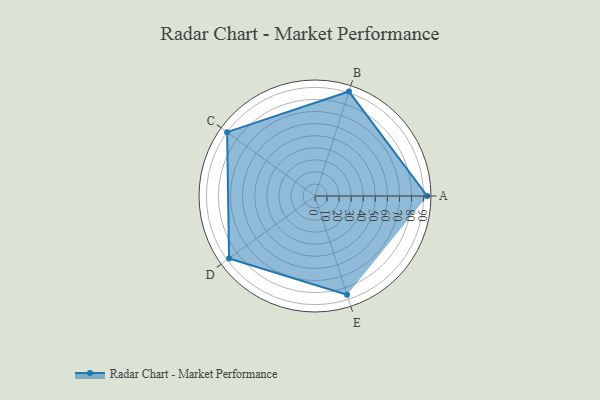
{"axis": {"x": "Skill", "y": "Score"}, "legend": ["Profile"], "data": [{"x": "A", "y": 93.0, "type": "Profile"}, {"x": "B", "y": 91.0, "type": "Profile"}, {"x": "C", "y": 90.0, "type": "Profile"}, {"x": "D", "y": 88.0, "type": "Profile"}, {"x": "E", "y": 86.0, "type": "Profile"}]}